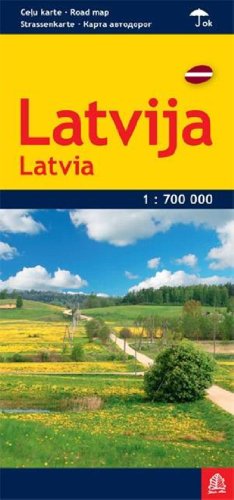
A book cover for Latvia: JS.R.LV02; Travel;